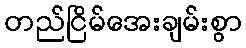
တည်ငြိမ်အေးချမ်းစွာ